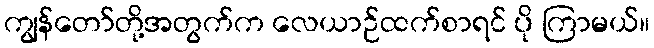
ကျွန်တော်တို့အတွက်က လေယာဉ်ထက်စာရင် ပို ကြာမယ်။